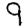
Digit: 9